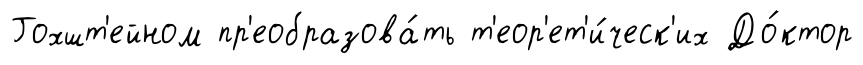
Гохшт'ейном пр'еобразова́ть т'еор'ет'и́ческ'их До́ктор